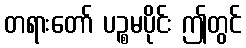
တရားတော် ပဉ္စမပိုင်း ဤတွင်